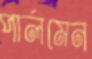
পার্লমেন